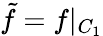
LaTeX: \tilde{f}=f|_{C_{1}}